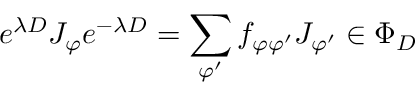
e ^ { \lambda D } J _ { \varphi } e ^ { - \lambda D } = \sum _ { \varphi ^ { \prime } } f _ { \varphi \varphi ^ { \prime } } J _ { \varphi ^ { \prime } } \in \Phi _ { D }